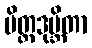
မိတ္တဒုဗ္ဘိတာ